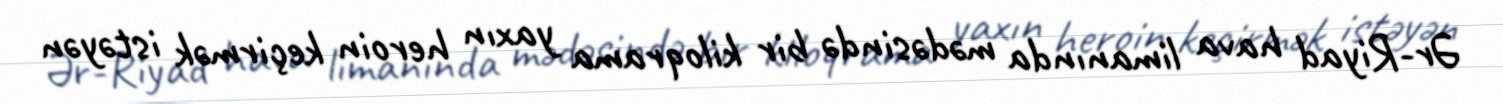
Ər-Riyad hava limanında mədəsində bir kiloqrama yaxın heroin keçirmək istəyən